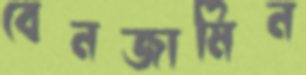
বেনজামিন